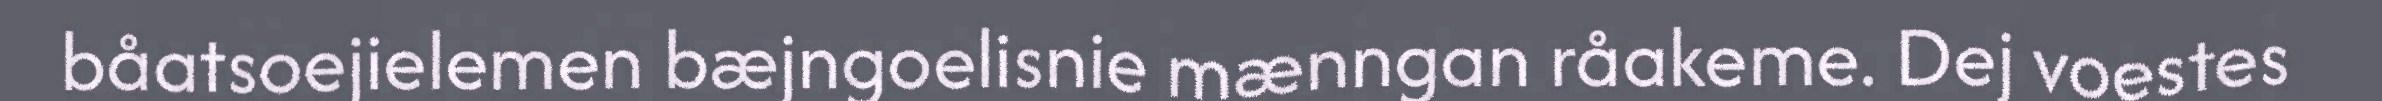
båatsoejielemen bæjngoelisnie mænngan råakeme. Dej voestes